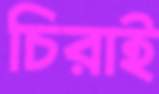
চিরাই